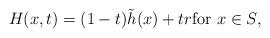
LaTeX: \begin{align*} H(x,t) = (1-t)\tilde{h}(x) + tr \mbox{for } x\in S,\end{align*}